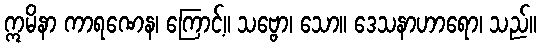
ဣမိနာ ကာရဏေန၊ ကြောင့်။ သဗ္ဗော၊ သော။ ဒေသနာဟာရော၊ သည်။